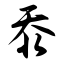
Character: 忝